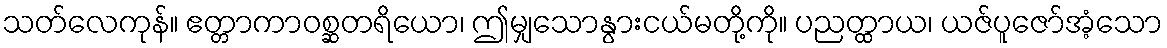
သတ်လေကုန်။ ဧတ္တာကာဝစ္ဆတရိယော၊ ဤမျှသောနွားငယ်မတို့ကို။ ပညတ္ထာယ၊ ယဇ်ပူဇော်အံ့သော